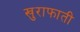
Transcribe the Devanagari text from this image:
खुराफाती